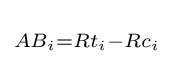
\scriptstyle {AB_{i}=Rt_{i}-Rc_{i}}